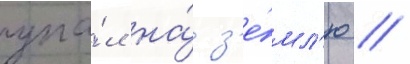
упа́л на́ з'е́мл'ю //